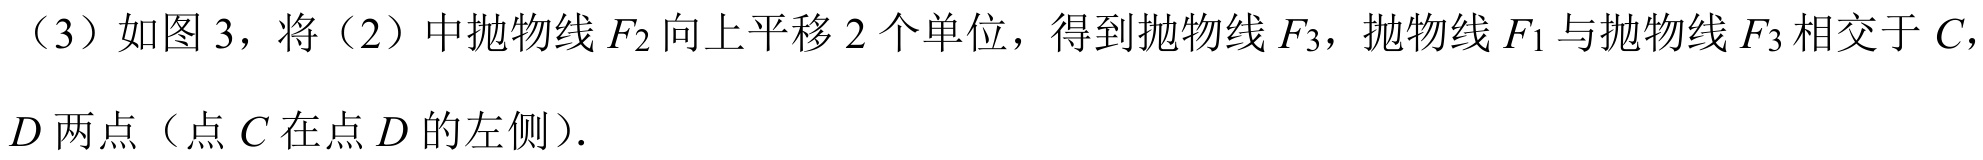
（3）如图 3，将（2）中抛物线\(F_{2}\)向上平移\(2\)个单位，得到抛物线\(F_{3}\)，抛物线\(F_{1}\)与抛物线\(F_{3}\)相交于\(C\)，
\(D\)两点（点\(C\)在点\(D\)的左侧）.